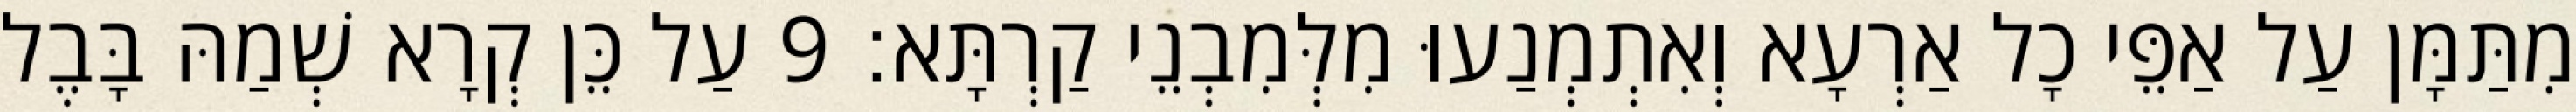
מִתַּמָּן עַל אַפֵּי כָל אַרְעָא וְאִתְמְנַעוּ מִלְּמִבְנֵי קַרְתָּא׃ 9 עַל כֵּן קְרָא שְׁמַהּ בָּבֶל